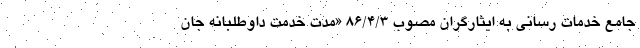
جامع خدمات رسانی به ایثارگران مصوب ۸۶/۴/۳ «مدت خدمت داوطلبانه جان